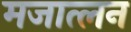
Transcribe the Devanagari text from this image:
मजात्लन